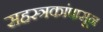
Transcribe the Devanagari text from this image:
सहस्त्रकांपासून